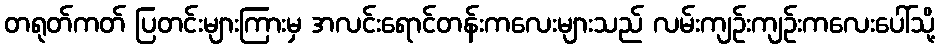
တရုတ်ကတ် ပြတင်းများကြားမှ အလင်းရောင်တန်းကလေးများသည် လမ်းကျဉ်းကျဉ်းကလေးပေါ်သို့